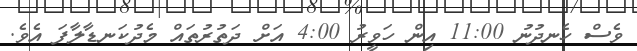
ވެސް ހެނދުނު 11:00 އިން ހަވީރު 4:00 އަށް ދަތުރުތައް މެދުކަނޑާލާފަ އެވެ.